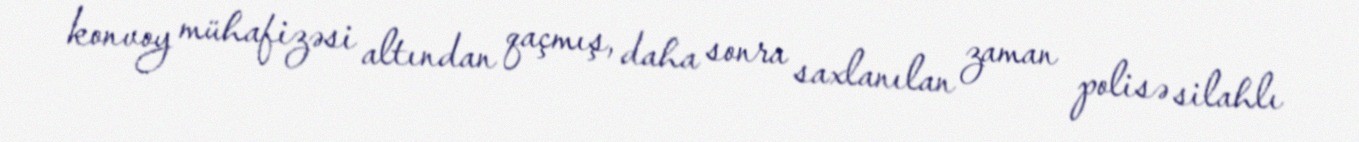
konvoy mühafizəsi altından qaçmış, daha sonra saxlanılan zaman polisə silahlı